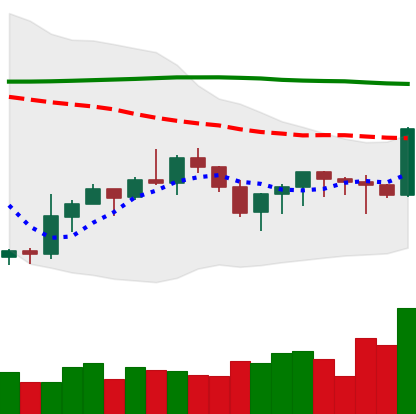
Ticker: XMR-USD
Chart end date: 2019-09-18
Forward return: -15.955%
Label: down_7plus